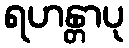
ရဟန္တာပု